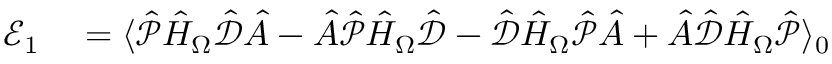
\begin{array} { r l } { \mathcal { E } _ { 1 } } & { { } = \langle \hat { \mathcal { P } } \hat { H } _ { \Omega } \hat { \mathcal { { D } } } \hat { A } - \hat { A } \hat { \mathcal { P } } \hat { H } _ { \Omega } \hat { \mathcal { { D } } } - \hat { \mathcal { D } } \hat { H } _ { \Omega } \hat { \mathcal { P } } \hat { A } + \hat { A } \hat { \mathcal { D } } \hat { H } _ { \Omega } \hat { \mathcal { P } } \rangle _ { 0 } } \end{array}